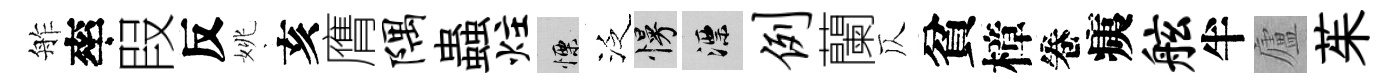
舴率叚反姚亥膺隅蟲炷慄泛慢漂例蘭仄貧樟卷痍舷半廬茱